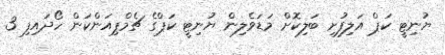
ޔުނިޓީ ކަޕް އަލިފުށި ބަލިކޮށް މަޑަވެލިން ޔުނިޓީ ކަޕްގެ ޗެމްޕިއަންކަން ހޯދައިފި 3